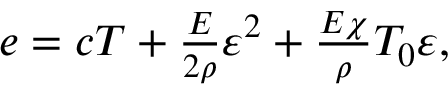
\begin{array} { r } { e = c T + \frac { E } { 2 \rho } \varepsilon ^ { 2 } + \frac { E \chi } { \rho } T _ { 0 } \varepsilon , } \end{array}